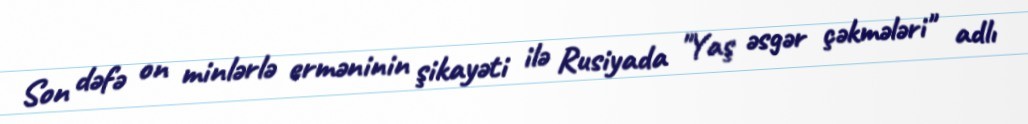
Son dəfə on minlərlə erməninin şikayəti ilə Rusiyada "Yaş əsgər çəkmələri" adlı